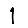
Digit: 1